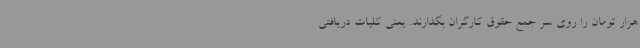
هزار تومان را روی سر جمع حقوق کارگران بگذارند. یعنی کلیات دریافتی